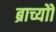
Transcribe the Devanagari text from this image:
ब्राच्योो